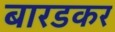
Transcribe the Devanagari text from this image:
बारडकर